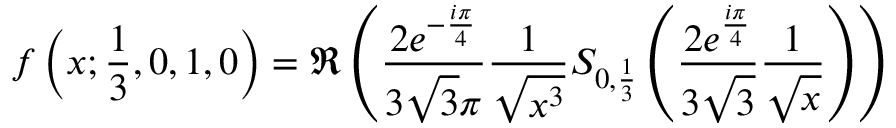
f \left( x ; { \frac { 1 } { 3 } } , 0 , 1 , 0 \right) = \Re \left( { \frac { 2 e ^ { - { \frac { i \pi } { 4 } } } } { 3 { \sqrt { 3 } } \pi } } { \frac { 1 } { \sqrt { x ^ { 3 } } } } S _ { 0 , { \frac { 1 } { 3 } } } \left( { \frac { 2 e ^ { \frac { i \pi } { 4 } } } { 3 { \sqrt { 3 } } } } { \frac { 1 } { \sqrt { x } } } \right) \right)